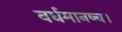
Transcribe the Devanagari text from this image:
वर्धमानष्च।